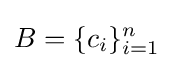
B=\{c_{i}\}_{i=1}^{n}